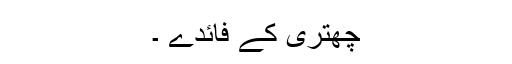
چھتری کے فائدے ۔